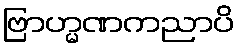
ဗြာဟ္မဏကညာပိ